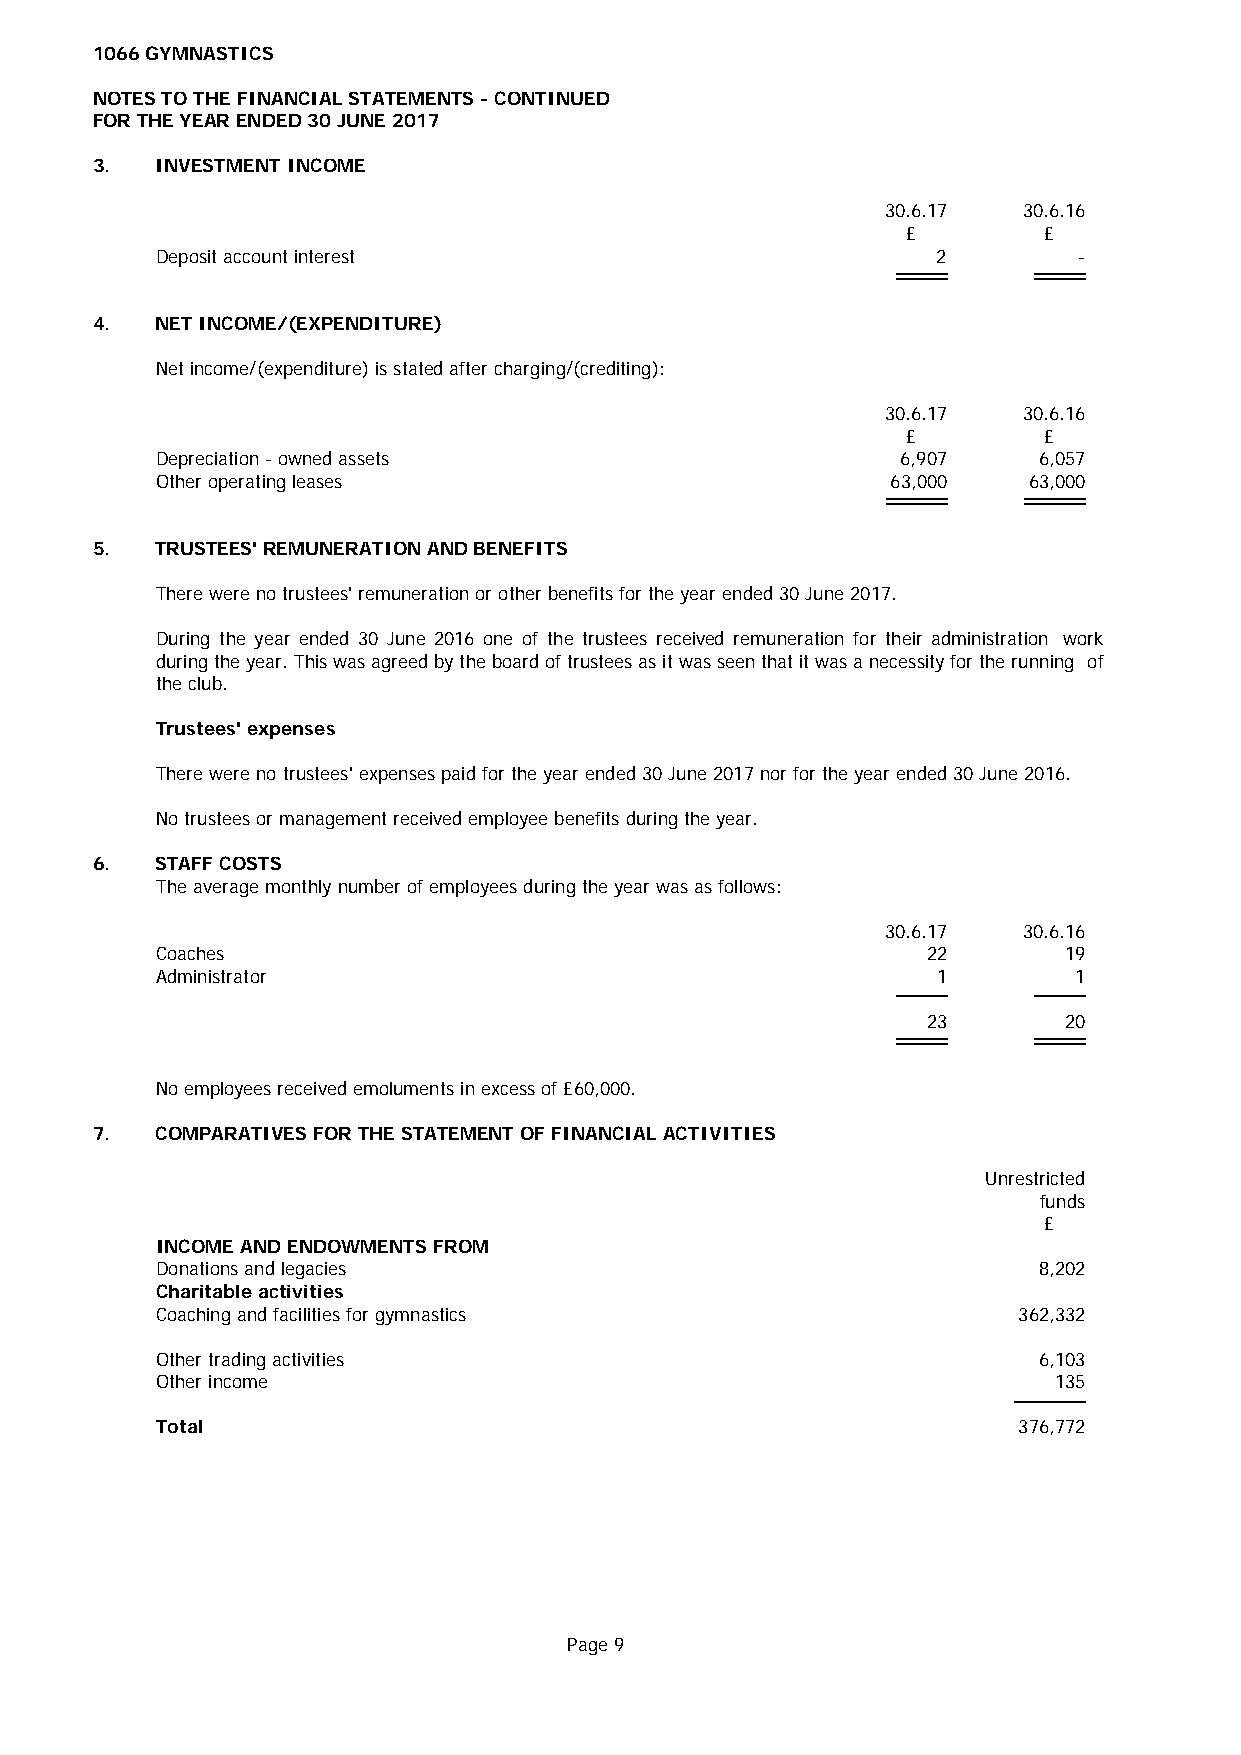
1066 GYMNASTICS
 NOTES TO THE FINANCIAL STATEMENTS - CONTINUED
 FOR THE YEAR ENDED 30 JUNE 2017
 3.  INVESTMENT INCOME
 30.6.17  30.6.16
 £        £
 Deposit account interest                            2        -
 4.  NET INCOME/(EXPENDITURE)
 Net income/(expenditure) is stated after charging/(crediting):
 30.6.17  30.6.16
 £        £
 Depreciation - owned assets                       6,907    6,057
 Other operating leases                           63,000   63,000
 5.  TRUSTEES' REMUNERATION AND BENEFITS
 There were no trustees' remuneration or other benefits for the year ended 30 June 2017.
 During the year ended 30 June 2016 one of the trustees received remuneration for their administration work
 duringtheyear.Thiswasagreedbytheboardoftrusteesasitwasseenthatitwasanecessityfortherunning of
 the club.
 Trustees' expenses
 There were no trustees' expenses paid for the year ended 30 June 2017 nor for the year ended 30 June 2016.
 No trustees or management received employee benefits during the year.
 6.  STAFF COSTS
 The average monthly number of employees during the year was as follows:
 30.6.17  30.6.16
 Coaches                                            22       19
 Administrator                                       1        1
 23       20
 No employees received emoluments in excess of £60,000.
 7.  COMPARATIVES FOR THE STATEMENT OF FINANCIAL ACTIVITIES
 Unrestricted
 funds
 £
 INCOME AND ENDOWMENTS FROM
 Donations and legacies                                     8,202
 Charitable activities
 Coaching and facilities for gymnastics                   362,332
 Other trading activities                                   6,103
 Other income                                                135
 Total                                                    376,772
 Page 9